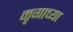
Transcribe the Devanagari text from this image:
मृगाच्या